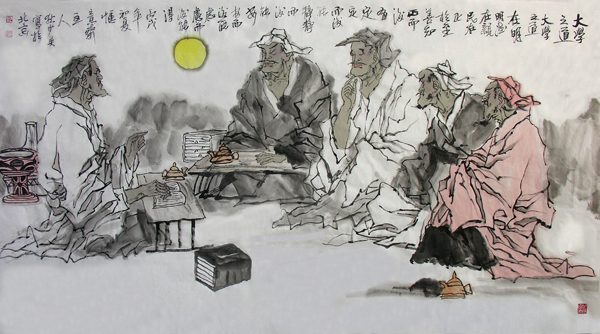
为政在人。取人以身。修身以道。修道以仁。